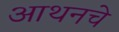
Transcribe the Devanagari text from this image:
आथनचे